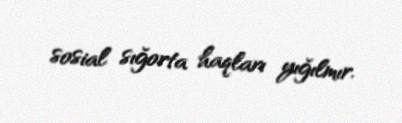
sosial sığorta haqları yığılmır.